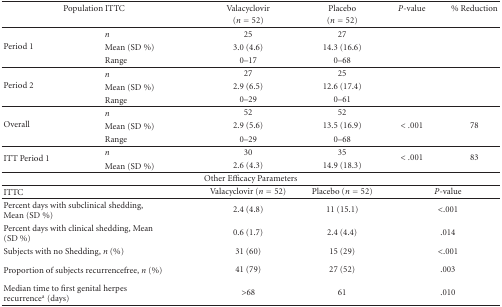
<table><thead><tr><td colspan="2"><b>Population ITTC</b></td><td><b>Valacyclovir</b></td><td><b>Placebo</b></td><td><b><i>P</i>-value</b></td><td><b>% Reduction</b></td></tr><tr><td></td><td></td><td><b>(<i>n</i> = 52)</b></td><td><b>(<i>n</i> = 52)</b></td><td></td><td></td></tr></thead><tbody><tr><td rowspan="3">Period 1</td><td><i>n</i></td><td>25</td><td>27</td><td></td><td></td></tr><tr><td>Mean (SD %)</td><td>3.0 (4.6)</td><td>14.3 (16.6)</td><td></td><td></td></tr><tr><td>Range</td><td>0–17</td><td>0–68</td><td></td><td></td></tr><tr><td rowspan="3">Period 2</td><td><i>n</i></td><td>27</td><td>25</td><td></td><td></td></tr><tr><td>Mean (SD %)</td><td>2.9 (6.5)</td><td>12.6 (17.4)</td><td></td><td></td></tr><tr><td>Range</td><td>0–29</td><td>0–61</td><td></td><td></td></tr><tr><td rowspan="3">Overall</td><td><i>n</i></td><td>52</td><td>52</td><td></td><td></td></tr><tr><td>Mean (SD %)</td><td>2.9 (5.6)</td><td>13.5 (16.9)</td><td> &lt;.001</td><td>78</td></tr><tr><td>Range</td><td>0–29</td><td>0–68</td><td></td><td></td></tr><tr><td rowspan="2">ITT Period 1</td><td><i>n</i></td><td>30</td><td>35</td><td rowspan="2"> &lt;.001</td><td rowspan="2">83</td></tr><tr><td>Mean (SD %)</td><td>2.6 (4.3)</td><td>14.9 (18.3)</td></tr><tr><td colspan="6">Other Efficacy Parameters</td></tr><tr><td colspan="2">ITTC</td><td>Valacyclovir (<i>n</i> = 52)</td><td>Placebo (<i>n</i> = 52)</td><td colspan="2"><i>P</i>-value</td></tr><tr><td colspan="2">Percent days with subclinical shedding, Mean (SD %)</td><td>2.4 (4.8)</td><td>11 (15.1)</td><td colspan="2"> &lt;.001</td></tr><tr><td colspan="2">Percent days with clinical shedding, Mean (SD %)</td><td>0.6 (1.7)</td><td>2.4 (4.4)</td><td colspan="2">.014</td></tr><tr><td colspan="2">Subjects with no Shedding, <i>n</i> (%)</td><td>31 (60)</td><td>15 (29)</td><td colspan="2"> &lt;.001</td></tr><tr><td colspan="2">Proportion of subjects recurrencefree, <i>n</i> (%)</td><td>41 (79)</td><td>27 (52)</td><td colspan="2">.003</td></tr><tr><td colspan="2">Median time to first genital herpes recurrence<sup>a</sup> (days)</td><td> &gt;68</td><td>61</td><td colspan="2">.010</td></tr></tbody></table>